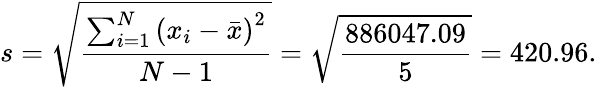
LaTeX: s={\sqrt{\frac{\sum_{i=1}^{N}\left(x_{i}-{\bar{x}}\right)^{2}}{N-1}}}={\sqrt{\frac{886047.09}{5}}}=420.96.